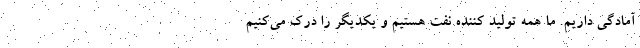
آمادگی داریم. ما همه تولید کننده نفت هستیم و یکدیگر را درک می‌کنیم